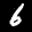
Label: 6